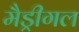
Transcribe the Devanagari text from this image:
मैड्रीगल